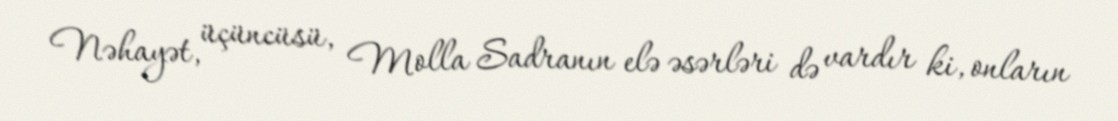
Nəhayət, üçüncüsü, Molla Sadranın elə əsərləri də vardır ki, onların